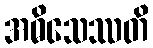
အဓိသေဿတိ